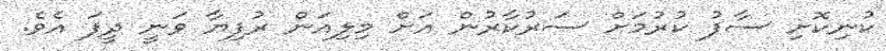
ކުނިކޮށި ސާފު ކުރުމަށް ސަރުކާރުން އަށް މިލިއަން ރުފިޔާ ވަނީ ދީފަ އެވެ.